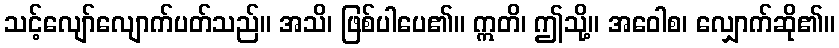
သင့်လျော်လျောက်ပတ်သည်။ အသိ၊ ဖြစ်ပါပေ၏။ ဣတိ၊ ဤသို့။ အဝေါစ၊ လျှောက်ဆို၏။